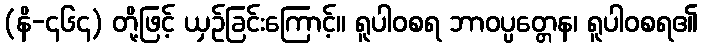
(နိ-၄၆၄) တို့ဖြင့် ယှဉ်ခြင်းကြောင့်။ ရူပါဝစရ ဘာဝပ္ပတ္တေန၊ ရူပါဝစရ၏